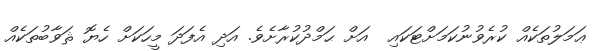
ޢަމަލުތަކެއް ކުރެވުނުކަމަށްޓަކައި  އަށް ޙަމްދުކުރާށެވެ. އަދި އެފަދަ މީހަކަށް ހެޔޮ ޘަވާބުތަކެއް